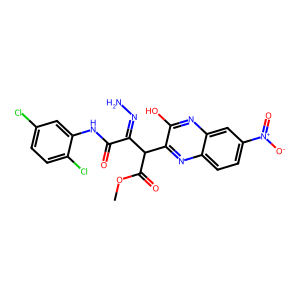
SMILES: COC(=O)C(C(=NN)C(=O)Nc1cc(Cl)ccc1Cl)c1nc2ccc([N+](=O)[O-])cc2nc1O
Inhibits HIV replication: No